Report by Surgeon-Captain Childe, I.M.S. - Part II
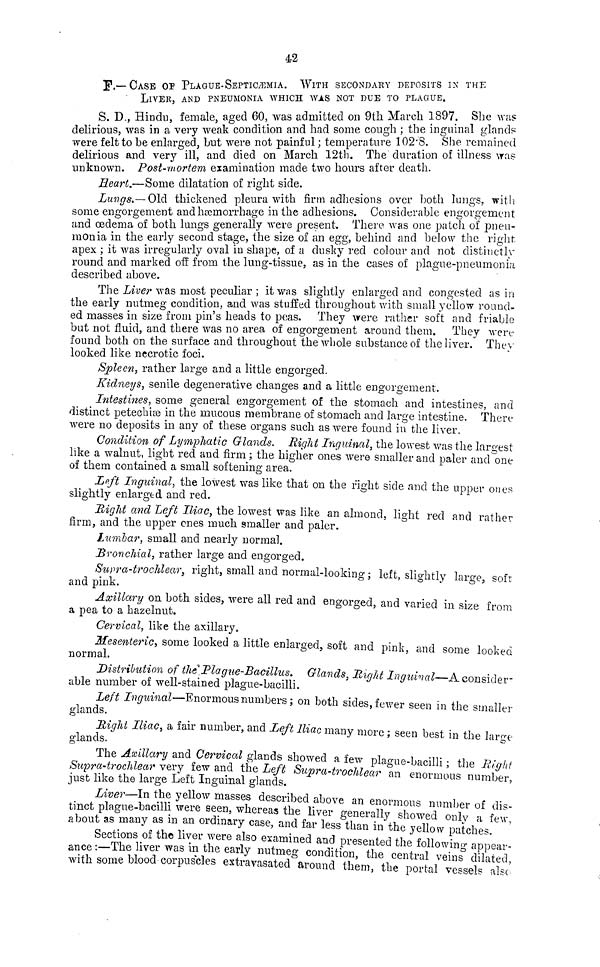
42
F.-CASE OF PLAGUE.SEPTICEMIA. WITH SECONDARY DEPOSITS IN THE
LIVER, AND PNEUMONIA WHICH WAS NOT DUE TO PLAGUE.
S. D., Hindu, female, aged 60, was admitted on 9th March 1897. She was
delirious, was in a very weak condition and had some cough ; the inguinal glands
were felt to be enlarged, Lut were not painful ; temperature 102.8. She remained
delirious and very ill, and died on March 12th. The duration of illness was
unknown. Post-mortem examination made two hours after death.
Heart,—Some dilatation of right side.
Lungs.—Old thickened pleura with firm adhesions over both lungs, with
some engorgement and haemorrhage in the adhesions. Considerable engorgement
and oedema of both lungs generally were present. There, was one patch of pneu-
monia in the early second stage, the size of an egg, behind and below the right-
apex ; it was irregularly oval in shape, of a dusky red colour and not distinetly
round and marked off from the lung-tissue, as in the cases of plague-pneumonia
described above.
The Liver was most peculiar ; it was slightly enlarged and congested as in
the early nutmeg condition, and was stuffed throughout with small yellow round-
ed masses in size from pin's heads to peas. They were rather soft and friable
but not fluid, and there was no area of engorgement around them. They were
found both on the surface and throughout the whole substance of the liver. They
looked like necrotic foci.
Spleen, rather large and a little engorged.
Kidneys, senile degenerative changes and a little engorgement.
Intestines, some general engorgement of the stomach and intestines, and
distinct petechiae in the mucous membrane of stomach and large intestine. There
were no deposits in any of these organs such as were found in the liver.
Condition of Lymphatic Glands. Right Inguinal, the lowest was the largest
like a walnut, light red and firm ; the higher ones were smaller and paler and one
of them contained a small softening area.
Left Inguinal, the lowest was like that on the right side and the upper ones
slightly enlarged and red.
Right and Left Iliac, the lowest was like an almond, light red and rather
firm, and the upper ones much smaller and paler.
Lumhar, small and nearly normal.
Bronchial, rather large and engorged.
Swpra-trochlear, right, small and normal-looking ; left, slightly large soft
and pink.
Axillary on both sides, were all red and engorged, and varied in size from
a pea to a hazelnut.
Cervical, like the axillary.
Mesenteric, some looked a little enlarged, soft and pink, and some looked
normal.
Distribution of the Plague-Bacillus. Glands, Right Inguinal—A. consider-
able number of well-stained plague-bacilli.
Left Inguinal—Enormous numbers; on both sides, fewer seen in the smaller
glands.
Right Iliac, a fair number, and Left Iliac many more ; seen best in the large
glands.
°T
he Axillary and Cervical glands showed a few plague-bacilli ; the Right
Supra-trochlear very few and the Left Supra-trochlear an enormous number
just like the large Left Inguinal glands.
'
Liver—In the yellow masses described above an enormous number of dis-
tinct plague-bacilli were seen, whereas the liver generally showed only
a
f
Sections of the liver were also examined and presented the following appear-
anee :-The liver was in the early nutmeg condition, the central veins dilated
with some blood corpuscles estravasated around them, the portal vessels also